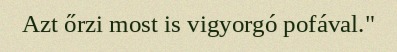
Azt őrzi most is vigyorgó pofával."